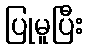
ပြုမူပြီး